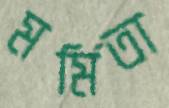
মর্মিতা